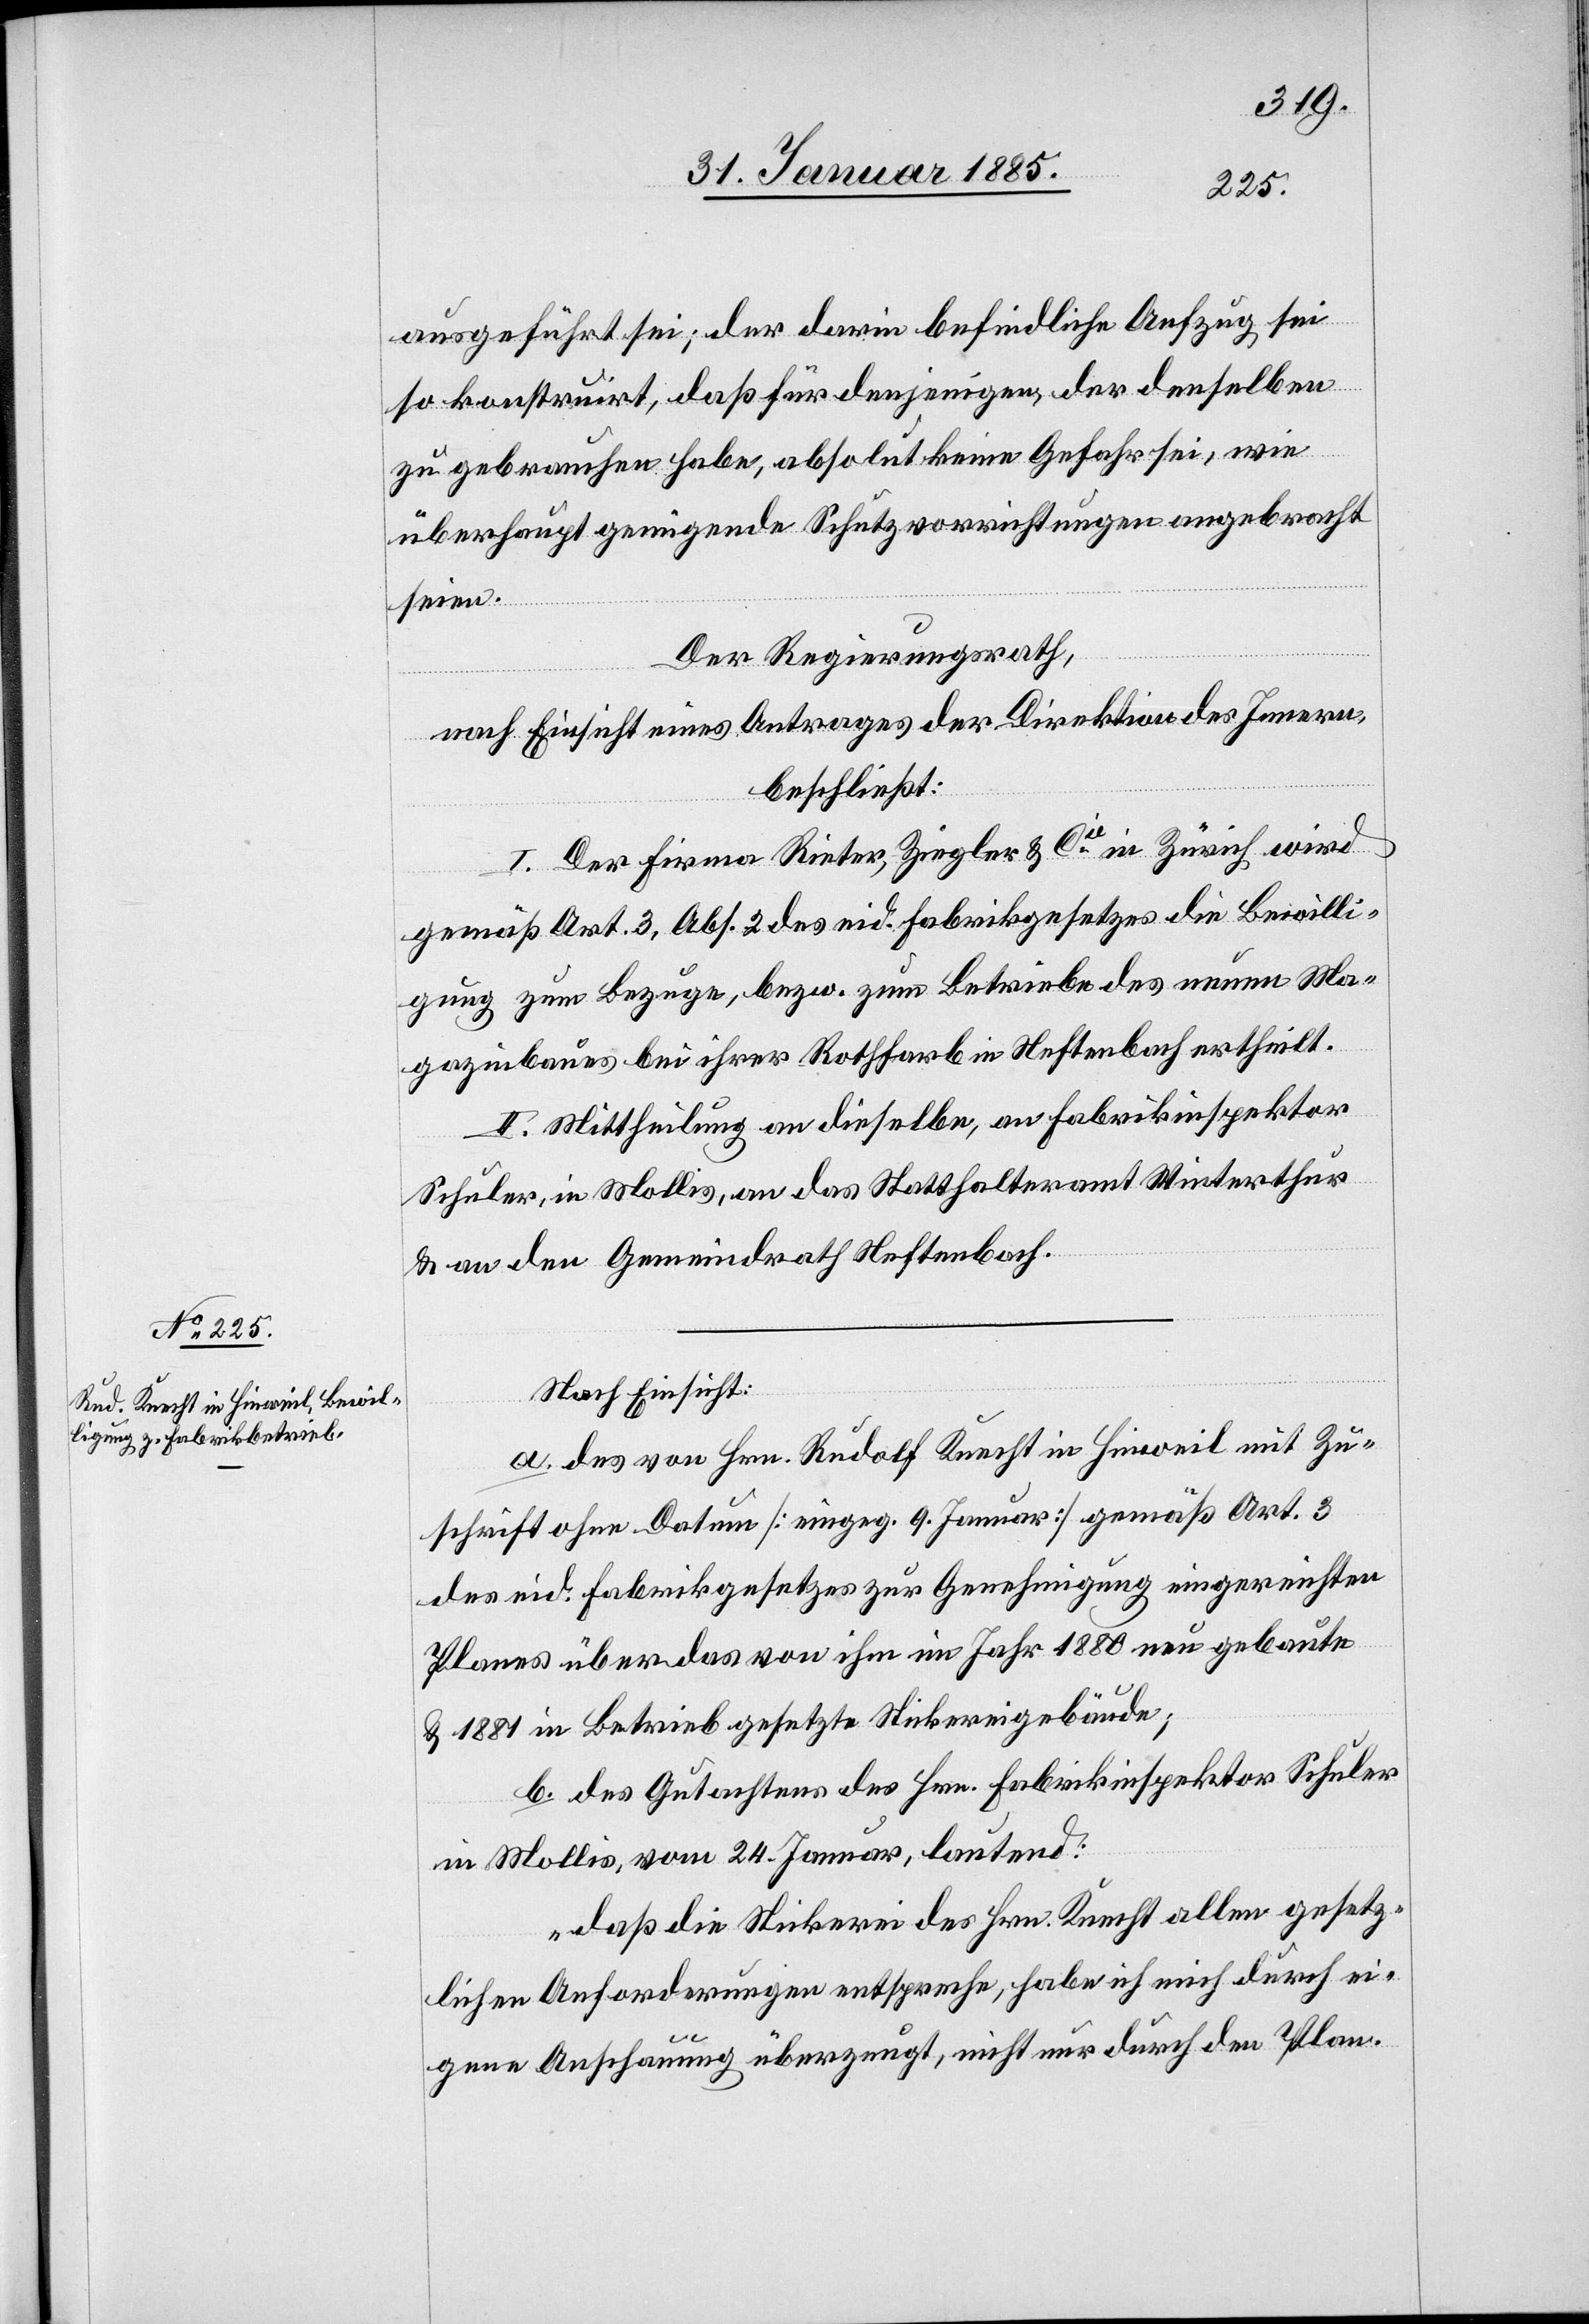
ausgeführt sei; der darin befindliche Aufzug sei
so konstruirt, daß für denjenigen, der denselben
zu gebrauchen habe, absolut keine Gefahr sei, wie
überhaupt genügende Schutzvorschriftungen angebracht
seien.
Der Regierungsrath,
nach Einsicht eines Antrages der Direktion des Innern,
beschließt:
I. Der Firma Rieter, Ziegler & Cie in Zürich wird
gemäß Art. 3, Abs. 2 des eid. Fabrikgesetzes die Bewilli¬
gung zum Bezuge, bezw. zum Betriebe des neuen Ma¬
gazinbaues bei ihrer Rothfarb in Neftenbach ertheilt.
II. Mittheilung an dieselbe, an Fabrikinspektor
Schuler, in Mollis, an das Statthalteramt Winterthur
& an den Gemeindrath Neftenbach.
Nach Einsicht:
a. des von Hrn. Rudolf Knecht in Hinweil mit Zu¬
schrift ohne Datum [eingeg. 9. Januar] gemäß Art. 3
des eid. Fabrikgesetzes zur Genehmigung eingereichten
Planes über das von ihm im Jahr 1880 in Betrieb gesetzte
b. des Gutachtens des Hrn. Fabrikinspektor Schuler
in Mollis, vom 24. Januar, lautend:
„daß die Stickerei des Hrn. Knecht allen gesetz¬
lichen Anforderungen entspreche, habe ich mich durch ei¬
gene Anschauung überzeugt, nicht nur durch den Plan.